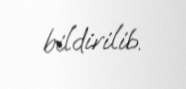
bildirilib.